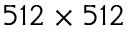
5 1 2 \times 5 1 2